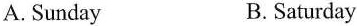
A. Sunday B. Saturday